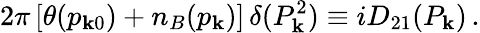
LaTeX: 2\pi\, [\theta(p_{{\mathbf k}0})+n_{B}(p_{\mathbf k})]\, \delta(P_{\mathbf k}^{2})\equiv iD_{21}(P_{\mathbf k})\, .